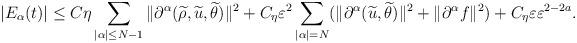
LaTeX: \begin{align*}|E_\alpha(t)|\leq C\eta \sum_{|\alpha|\leq N-1}\|\partial^{\alpha}(\widetilde{\rho},\widetilde{u},\widetilde{\theta})\|^2+C_{\eta}\varepsilon^2\sum_{|\alpha|=N}(\|\partial^{\alpha}(\widetilde{u},\widetilde{\theta})\|^2+\|\partial^{\alpha}f\|^2)+C_{\eta}\varepsilon\varepsilon^{2-2a}.\end{align*}